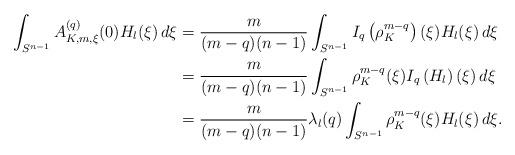
LaTeX: \begin{align*} \int_{S^{n-1}} A_{K,m, \xi}^{(q)} (0) H_l(\xi) \, d\xi &= \frac{m}{(m-q)(n-1)} \int_{S^{n-1}} I_q \left( \rho_K^{m-q} \right) (\xi) H_l(\xi) \, d\xi \\&=\frac{m}{(m-q)(n-1)} \int_{S^{n-1}} \rho_K^{m-q}(\xi) I_q \left( H_l \right) (\xi) \, d\xi\\& = \frac{m}{(m-q)(n-1)} \lambda_l(q) \int_{S^{n-1}} \rho_K^{m-q} (\xi) H_l(\xi) \, d\xi.\end{align*}